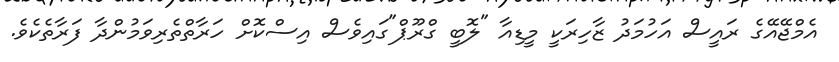
އެމްޖޭއޭގެ ރައީސް އަހުމަދު ޒާހިރަކީ މީޑިއާ "ލޮބީ ގްރޫޕް"ގައިވެސް އިސްކޮށް ހަރާތްތެރިވަމުންދާ ފަރާތެކެވެ.